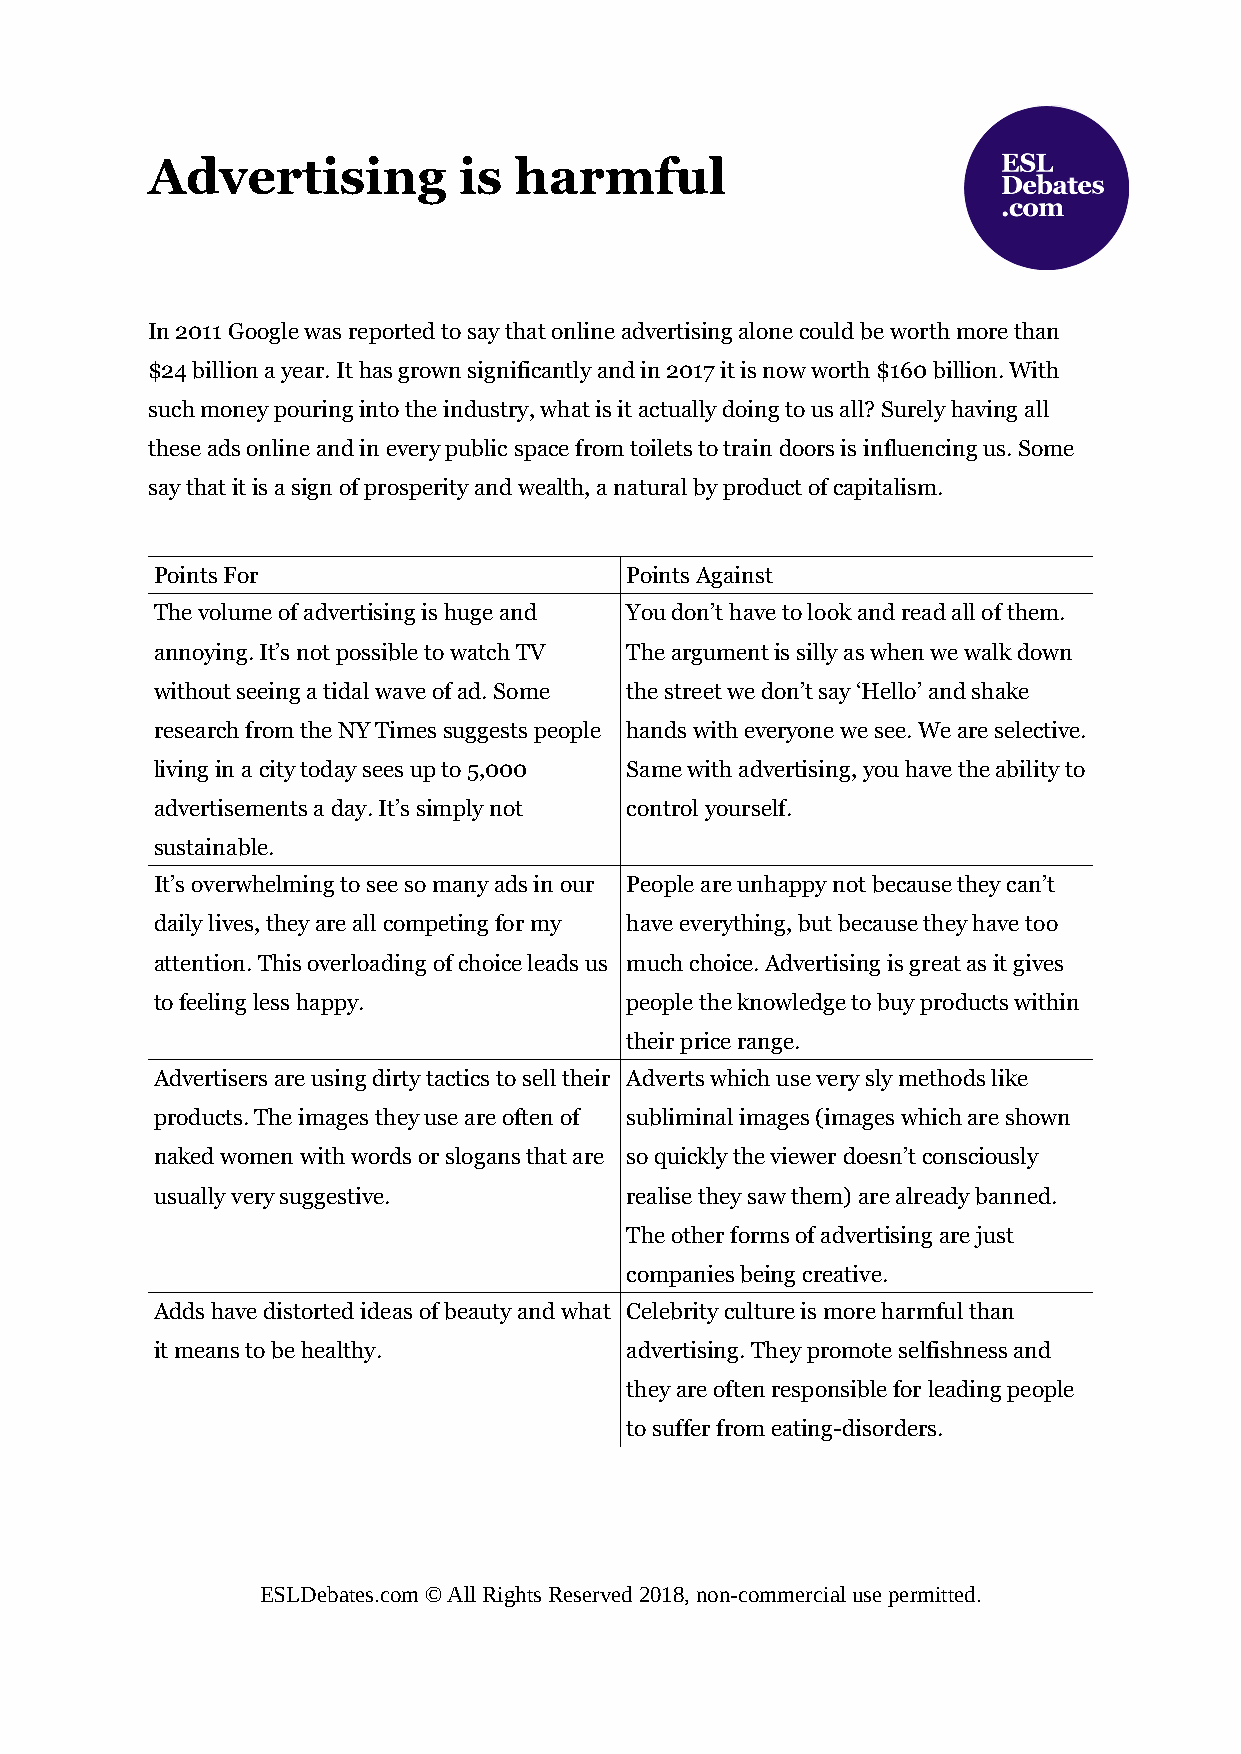
Advertising         is  harmful
 In 2011 Google was reported to say that online advertising alone could be worth more than
 $24 billion a year. It has grown significantly and in 2017 it is now worth $160 billion. With
 such money pouring into the industry, what is it actually doing to us all? Surely having all
 these ads online and in every public space from toilets to train doors is influencing us. Some
 say that it is a sign of prosperity and wealth, a natural by product of capitalism.
 Points For                     Points Against
 The volume of advertising is huge and You don’t have to look and read all of them.
 annoying. It’s not possible to watch TV The argument is silly as when we walk down
 without seeing a tidal wave of ad. Some the street we don’t say ‘Hello’ and shake
 research from the NY Times suggests people hands with everyone we see. We are selective.
 living in a city today sees up to 5,000 Same with advertising, you have the ability to
 advertisements a day. It’s simply not control yourself.
 sustainable.
 It’s overwhelming to see so many ads in our People are unhappy not because they can’t
 daily lives, they are all competing for my have everything, but because they have too
 attention. This overloading of choice leads us much choice. Advertising is great as it gives
 to feeling less happy.         people the knowledge to buy products within
 their price range.
 Advertisers are using dirty tactics to sell their Adverts which use very sly methods like
 products. The images they use are often of subliminal images (images which are shown
 naked women with words or slogans that are so quickly the viewer doesn’t consciously
 usually very suggestive.       realise they saw them) are already banned.
 The other forms of advertising are just
 companies being creative.
 Adds have distorted ideas of beauty and what Celebrity culture is more harmful than
 it means to be healthy.        advertising. They promote selfishness and
 they are often responsible for leading people
 to suffer from eating-disorders.
 ESLDebates.com © All Rights Reserved 2018, non-commercial use permitted.